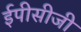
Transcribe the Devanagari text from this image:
ईपीसीजी